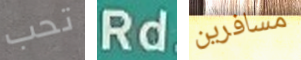
تحب Rd مسافرين